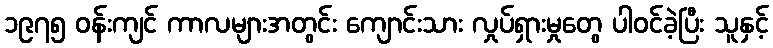
၁၉၇၅ ဝန်းကျင် ကာလများအတွင်း ကျောင်းသား လှုပ်ရှားမှုတွေ ပါဝင်ခဲ့ပြီး သူနှင့်